Eesti_Vabariigi_Tartu_Ulikool, lk 165
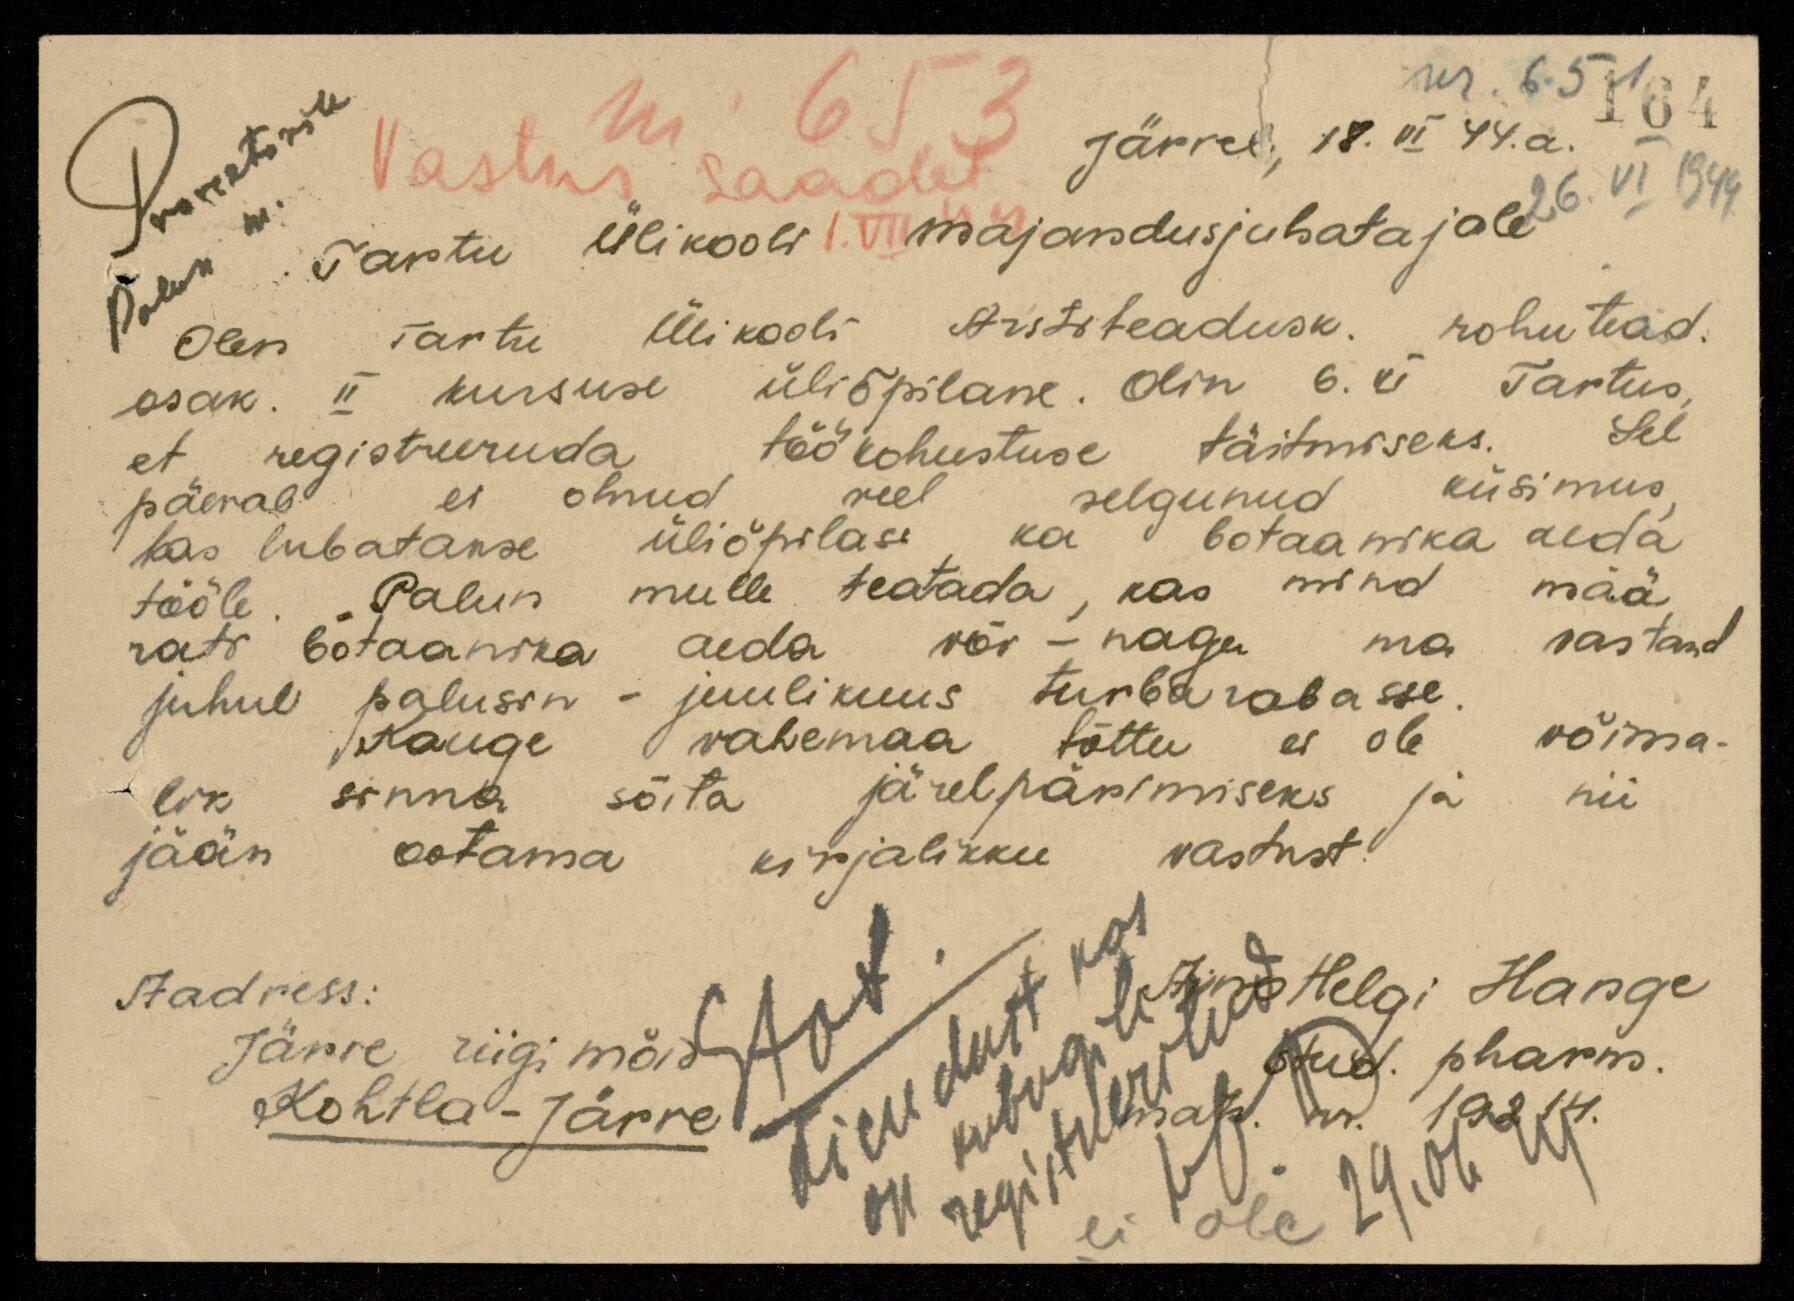
nr. 651
nr. 653
164
26. VI 1944
Vastus saadet.
Tartu Ülikooli
majandusjuhatajale
Järvel, 18. VI 44. a.
Olen Tartu Ülikooli Arstiteadusk. rohutead.
osak. II kursuse üliõpilane. Olin 6. VI Tartus,
et registreeruda töökohustuse täitmiseks. Sel
päeval ei olnud veel selgunud küsimus
kas lubatakse üliõpilasi ka botaanika aeda
tööle. Palun mulle teatada, kas mind mää
rati botaanika aeda või - nagu ma vastand
juhul palusin - juulikuus turbarabasse.
Kauge vahemaa tõttu ei ole võima-
lik sinna sõita järelpärimiseks ja nii
jään ootama kirjalikku vastust.
Aadress:
Järve riigi mõis
Kohtla-Järve
Aino Helgi Hange
stud. pharm.
matr. nr. 19214.